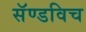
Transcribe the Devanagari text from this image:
सॅण्डविच